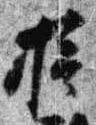
摂